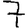
Digit: 7